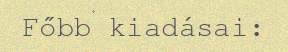
Főbb kiadásai: